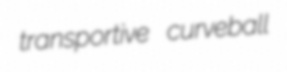
transportive curveball